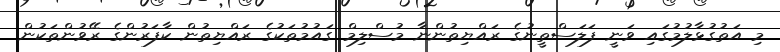
މި އަތުގުޅާލުމުގައި ވަނީ ފަލަސްތީނުގެ ރައްޔިތުންނާ މުސްލިމް ގައުމުތަކުގެ ރައްޔިތުން ކާފަރުންގެ ރޭވުންތަކުން